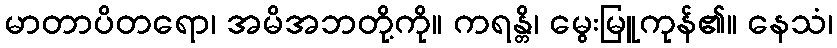
မာတာပိတရော၊ အမိအဘတို့ကို။ ကရန္တိ၊ မွေးမြူကုန်၏။ နေသံ၊